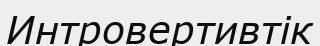
Интровертивтік